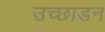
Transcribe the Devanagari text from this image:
उच्छाडन